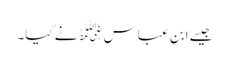
جیسے ابن عباس﷜نے کیا۔